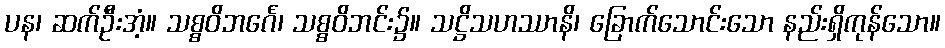
ပန၊ ဆက်ဦးအံ့။ သစ္စဝိဘင်္ဂေ၊ သစ္စဝိဘင်း၌။ သဋ္ဌိသဟဿာနိ၊ ခြောက်သောင်းသော နည်းရှိကုန်သော။